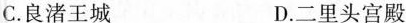
C.良渚王城 D.二里头宫殿